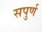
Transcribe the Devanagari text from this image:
सपुर्ण